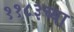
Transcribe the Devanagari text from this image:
११८३च्या